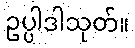
ဥပ္ပါဒါသုတ်။